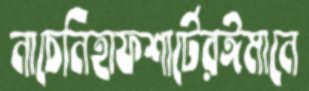
নাচেনিহাফশার্টেরঈমানে